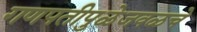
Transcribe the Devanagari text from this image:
गणपतीपुळेजवळचे